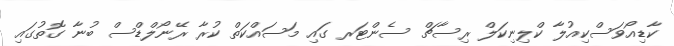
ކާޑިއޯވަސްކިއުލާ ކްލިނިކަލް ރިސާޗް ސެންޓަރ ގައި މަސައްކަތް ކުރާ ރޭނޯލްޑްސް ބުނާ ގޮތުގައި